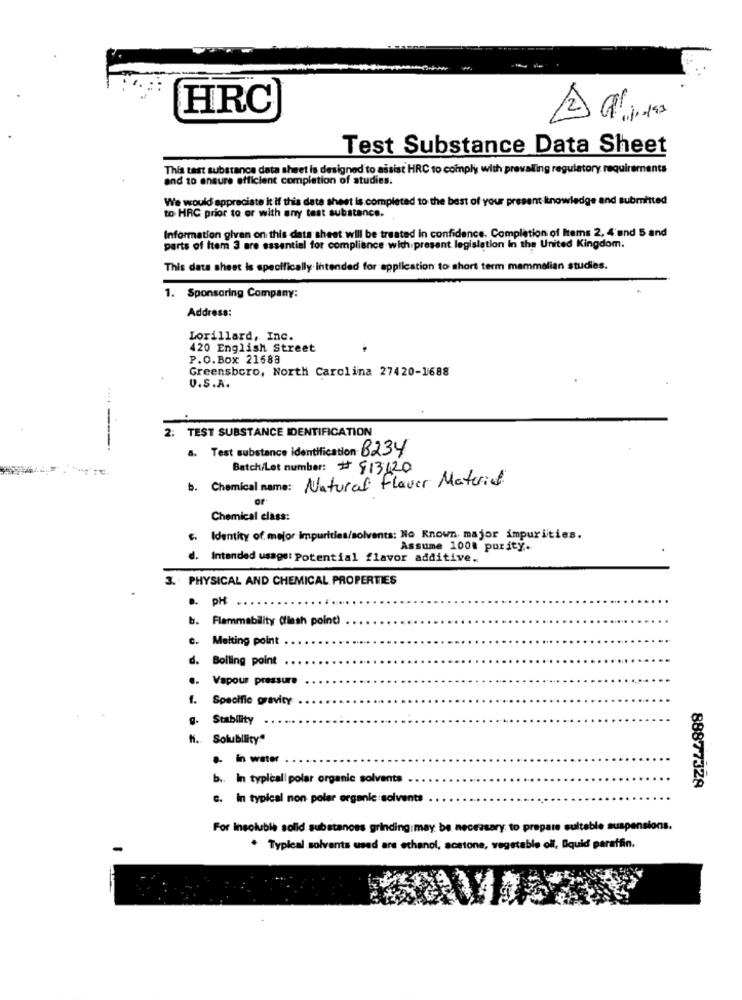
HRC
Test Substance Data Sheet
This test substance data sheet is designed to assist HRC to comply with prevailing regulatory requirements
and to ensure efficient completion of studies.
We would appreciate it if this data sheet is completed to the best of your present Itnowledge and submitted
to HRC prior to or with any test substance.
Information given on this data sheet will be treated in confidence. Completion of Items 2, 4'and 5 and
parts of Item 3 are essential for compliance with present legislation In the United Kingdom.
This data sheet is specifically intended for application to short term mammalian studies.
. Sponsoring Company:
Address:
Lorillard, Inc.
420 English Street
P.O.Box 21688
Greensboro, North Carolina 27420-1688
U.S.A.
2: TEST SUBSTANCE IDENTIFICATION
--
a. Test substance identification 8234
Batch/Lot number: # 913420
b. Chemical name: Natural Flaver Material
Chemical class:
. Identity of mejor impurities/solvents: No Known, major impurities.
Assume 1008 purity.
d. Intended usage: Potential flavor additive,
3. PHYSICAL AND CHEMICAL PROPERTIES
a. pH
b. Flammability (flash point)
. Melting point
d. Boiling point
..
Vapour pressure
1. Specific gravity
. Stability
hi. Solubility"
.. in water
b .. In typical| polar organic solvents
88877328
C. In typical non polar organic :solvents
For Insoluble solld substances grinding may be necessary to prepare suitable suspensions.
. Typical solvants used are ethanol, acetone, vegetable oil, Squid paraffin.